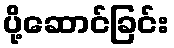
ပို့ဆောင်ခြင်း